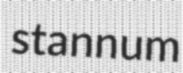
stannum